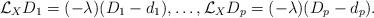
LaTeX: \begin{align*}\mathcal{L}_{X}D_1 = (-\lambda)(D_1 - d_1), \dots, \mathcal{L}_{X}D_p = (-\lambda)(D_p - d_p).\end{align*}